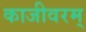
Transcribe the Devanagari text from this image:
काजीवरम्